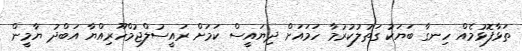
ތަޅާފޮޅުމެއް ހިނގާ ބަޔަކު ގަތުލުކުރުމާ ހަމައަށް ދިޔައީސް ކަމަށް ރައީސުލްޖުމްހޫރިއްޔާ އަބްދު ޔާމީން